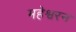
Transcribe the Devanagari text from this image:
महेश्वरन